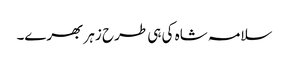
سلامہ شاہ کی ہی طرح زہر بھرے۔